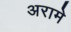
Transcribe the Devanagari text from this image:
अरामे